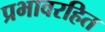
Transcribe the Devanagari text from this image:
प्रभावरहित